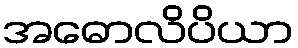
အဓောလိပိယာ